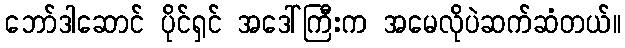
ဘော်ဒါဆောင် ပိုင်ရှင် အဒေါ်ကြီးက အမေလိုပဲဆက်ဆံတယ်။